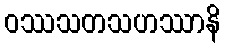
ဝဿသတသဟဿာနိ